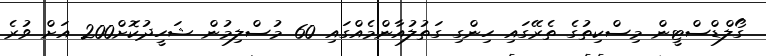
ގޯލްޑްސްޓީން މިސްކިތުގެ ތެރޭގައި ހިންގި ގަތުލުއާންމެއްގައި 60 މުސްލިމުން ޝަހީދުކޮށް200 އަށް ވުރެ